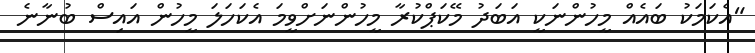
"އެކަމަކު ބައެއް މީހުންނަކީ އަބަދު މޭކަޕްކުރާ މީހުންނަށްވީމަ އެކަހަލަ މީހުން އައިސް ބުނާނެ